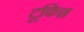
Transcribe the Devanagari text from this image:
टूफिश